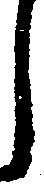
し